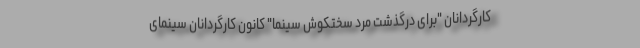
کارگردانان "برای درگذشت مرد سختکوش سینما" کانون کارگردانان سینمای